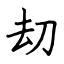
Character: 劫